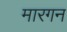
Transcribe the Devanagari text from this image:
मारगन